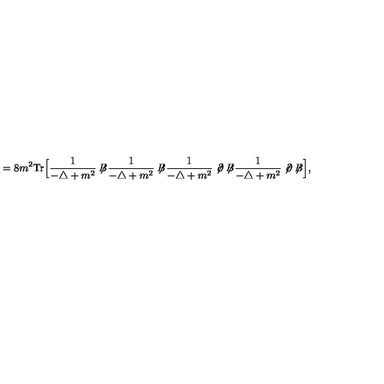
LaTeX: = 8 m ^ { 2 } \mathrm { T r } \Big [ \frac { 1 } { - \triangle + m ^ { 2 } } \not { \! \! B } \frac { 1 } { - \triangle + m ^ { 2 } } \not { \! \! B } \frac { 1 } { - \triangle + m ^ { 2 } } \not { \! \partial } \not { \! \! B } \frac { 1 } { - \triangle + m ^ { 2 } } \not { \! \partial } \not { \! \! B } \Big ] ,